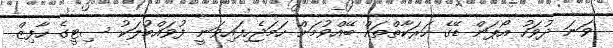
ވަނަ ދުވަހު އޯޕަން ޑޭގެ ހަރަކާތްތައް ބޭއްވުމަށް ހަމަޖެހިފައިވަނީ ފުވައްމުލަކު ސިޓީގެ ހާފިޒް